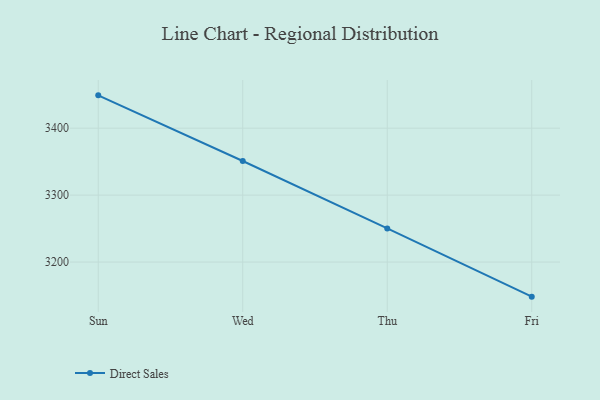
{"axis": {"x": "Day", "y": "Waste Production (Tons)"}, "legend": ["Direct Sales"], "data": [{"x": "Sun", "y": 3449.1, "type": "Direct Sales"}, {"x": "Wed", "y": 3351.0, "type": "Direct Sales"}, {"x": "Thu", "y": 3250.2, "type": "Direct Sales"}, {"x": "Fri", "y": 3148.3, "type": "Direct Sales"}]}